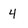
Character: 4